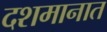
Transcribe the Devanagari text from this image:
दशमानात